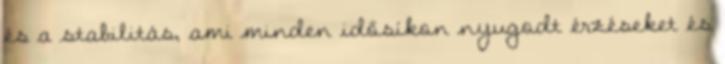
és a stabilitás, ami minden idősíkon nyugodt érzéseket és